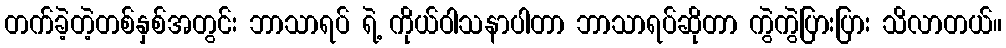
တက်ခဲ့တဲ့တစ်နှစ်အတွင်း ဘာသာရပ် ရဲ့ ကိုယ်ဝါသနာပါတာ ဘာသာရပ်ဆိုတာ ကွဲကွဲပြားပြား သိလာတယ်။